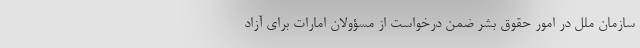
سازمان ملل در امور حقوق بشر ضمن درخواست از مسؤولان امارات برای آزاد